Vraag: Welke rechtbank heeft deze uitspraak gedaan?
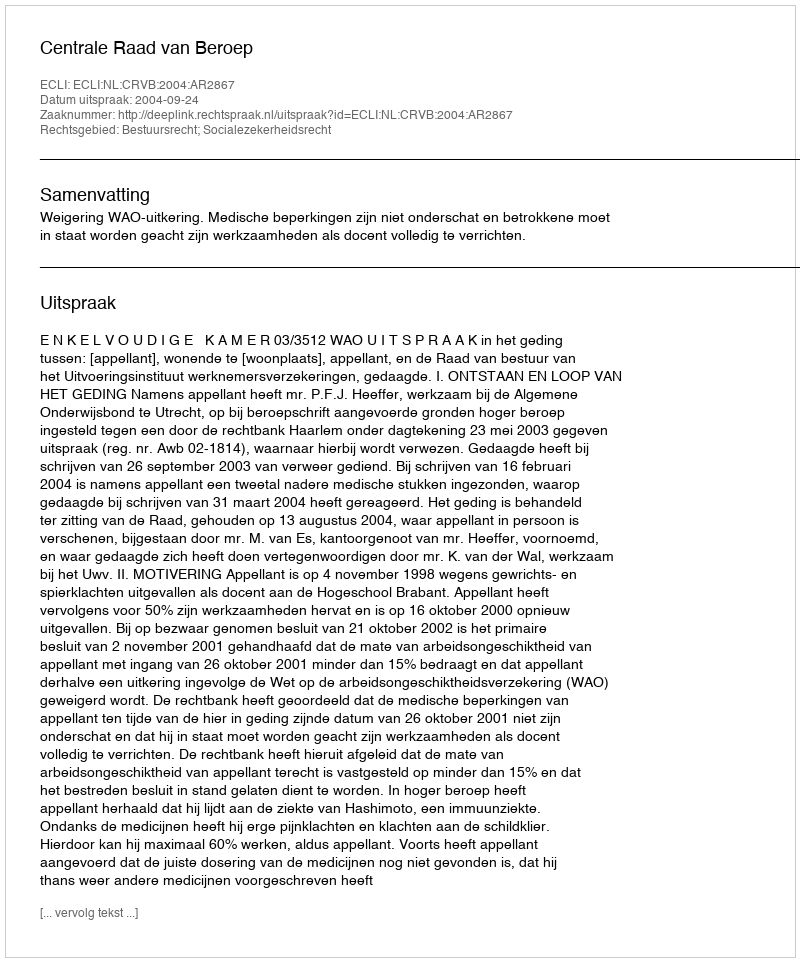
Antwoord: Centrale Raad van Beroep